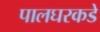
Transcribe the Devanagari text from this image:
पालघरकडे